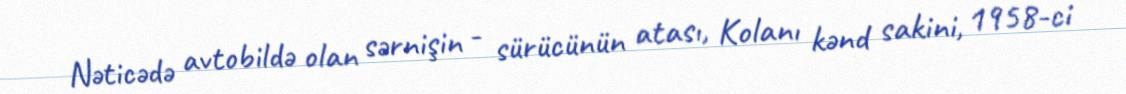
Nəticədə avtobildə olan sərnişin - sürücünün atası, Kolanı kənd sakini, 1958-ci